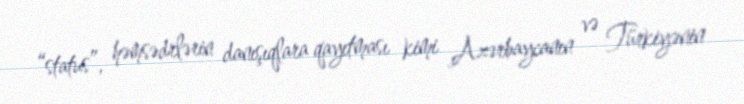
“status”, həmsədrlərin danışıqlara qayıtması kimi Azərbaycanın və Türkiyənin